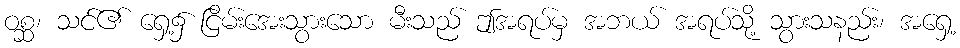
ဝစ္ဆ၊ သင်၏ ရှေ့၌ ငြိမ်းအေးသွားသော မီးသည် ဤအရပ်မှ အဘယ် အရပ်သို့ သွားသနည်း၊ အရှေ့